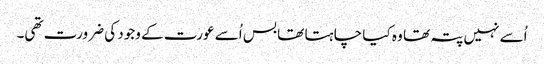
اُسے نہیں پتہ تھا وہ کیا چا ہتا تھا بس اُسے عورت کے وجود کی ضرورت تھی۔